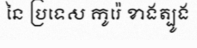
នៃ ប្រទេស កូរ៉េ ខាងត្បូង